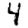
Digit: 4